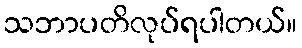
သဘာပတိလုပ်ရပါတယ်။